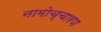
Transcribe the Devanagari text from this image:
नामोच्चारण